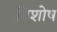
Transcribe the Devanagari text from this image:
विशोष